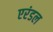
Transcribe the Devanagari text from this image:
एरंडल